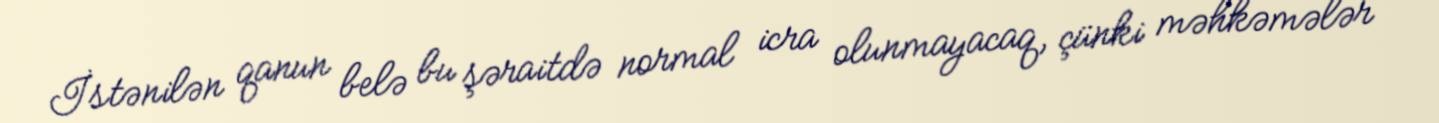
İstənilən qanun belə bu şəraitdə normal icra olunmayacaq, çünki məhkəmələr